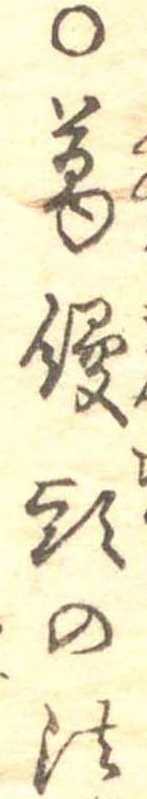
○葛饅頭の法